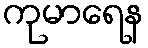
ကုမာရေန